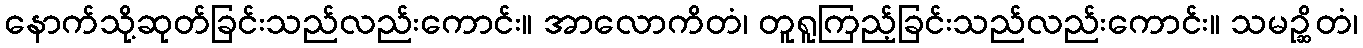
နောက်သို့ဆုတ်ခြင်းသည်လည်းကောင်း။ အာလောကိတံ၊ တူရူကြည့်ခြင်းသည်လည်းကောင်း။ သမဉ္ဆိတံ၊